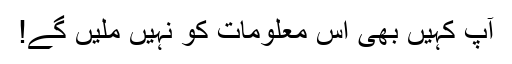
آپ کہیں بھی اس معلومات کو نہیں ملیں گے!